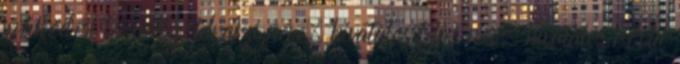
működési terület földrajzi neve, hivatalos teljes név, hivatalos rövid